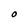
Character: O